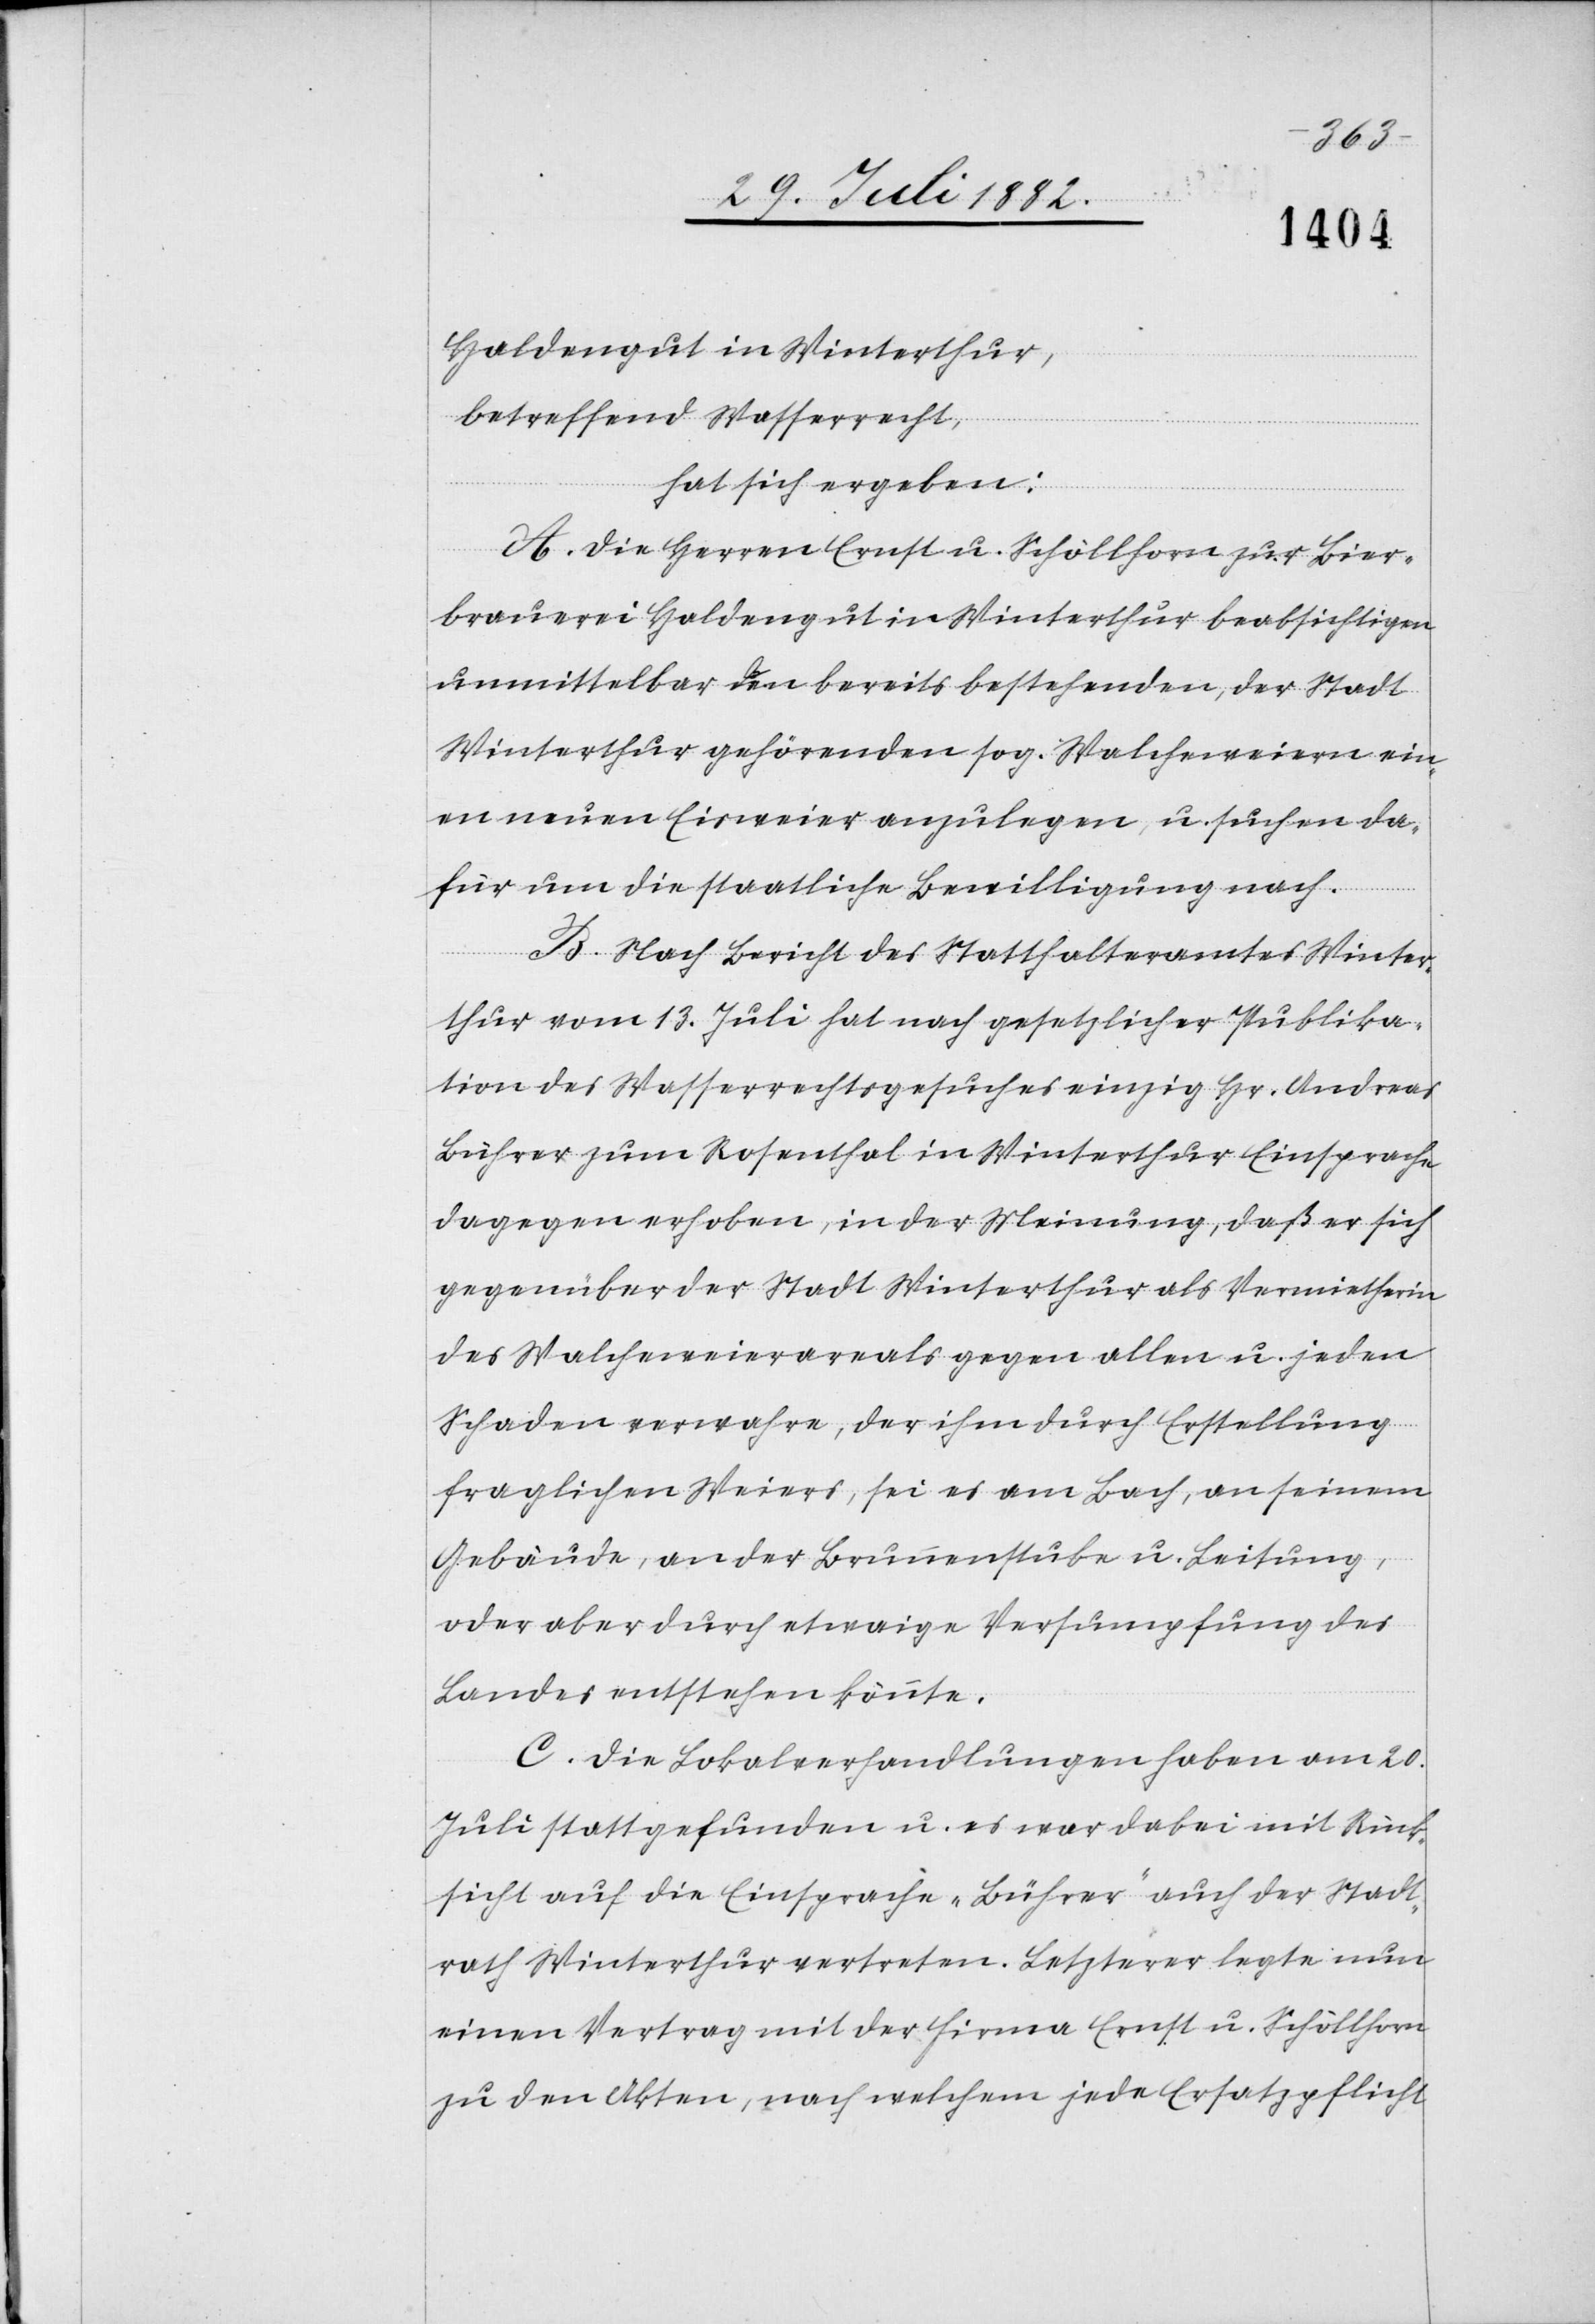
Haldengut in Winterthur,
betreffend Wasserrecht,
hat sich ergeben:
A. Die Herren Ernst u. Schöllhorn zur Bier¬
brauerei Haldengut in Winterthur beabsichtigen
unmittelbar den bereits bestehenden, der Stadt
Winterthur gehörenden sog. Walcheweiern ein¬
en neuen Eisweier anzulegen, u. suchen da¬
für um die staatliche Bewilligung nach.
B. Nach Bericht des Statthalteramtes Winter¬
thur vom 13. Juli hat nach gesetzlicher Publika¬
tion des Wasserrechtsgesuches einzig Hr. Andreas
Bührer zum Rosenthal in Winterthur Einsprache
dagegen erhoben, in der Meinung, daß er sich
gegenüber der Stadt Winterthur als Vermietherin
des Walcheweierareals gegen allen u. jeden
Schaden verwahre, der ihm durch Erstellung
fraglichen Weiers, sei es am Bach, an seinem
Gebäude, an der Brunnenstube u. Leitung,
oder aber durch etwaige Versumpfung des
Landes entstehen könnte.
C. Die Lokalverhandlungen haben am 20.
Juli stattgefunden u. es war dabei mit Rück¬
sicht auf die Einsprache „Bührer“ auch der Stadt¬
rath Winterthur vertreten. Letzterer legte nun
einen Vertrag mit der Firma Ernst u. Schöllhorn
zu den Akten, nach welchem jede Ersatzpflicht